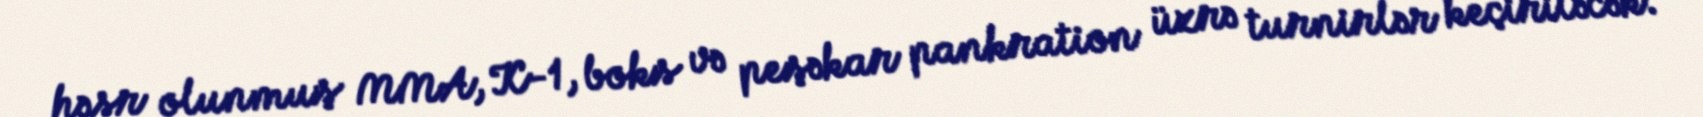
həsr olunmuş MMA, K-1, boks və peşəkar pankration üzrə turnirlər keçiriləcək.